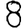
Digit: 8